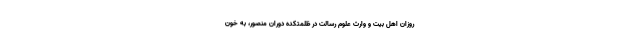
روزانِ اهل بیت و وارثِ علومِ رسالت در ظلمتکده دورانِ منصور، به خونِ